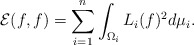
\begin{align*}\mathcal{E} (f,f) = \sum_{i=1}^n \int_{\Omega_i} L_i(f)^2 d\mu_i. \end{align*}